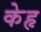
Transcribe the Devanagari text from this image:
केहृ